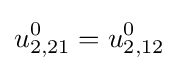
u_{2,21}^{0}=u_{2,12}^{0}